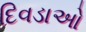
દિવડાઓ